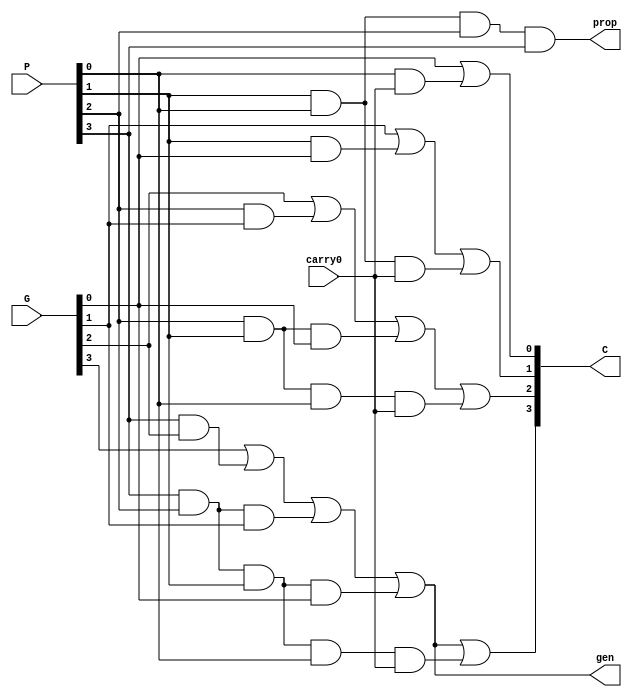
`timescale 1ns / 1ps
//////////////////////////////////////////////////////////////////////////////////
// Company: 
// Engineer: 
// 
// Design Name: 
// Module Name:    Lookahead_Carry_Unit 
// Project Name: 
// Target Devices: 
// Tool versions: 
// Description: 
//
// Dependencies: 
//
// Revision: 
// Revision 0.01 - File Created
// Additional Comments: 
//
//////////////////////////////////////////////////////////////////////////////////
module Lookahead_Carry_Unit(prop, gen, C, P, G, carry0);
	output prop, gen;
	output[3:0] C;
	input[3:0] P, G;
	input carry0;
	// Using formulas to calculate carry lookahead values
	assign C[0] = G[0] | (P[0] & carry0);
	assign C[1] = G[1] | (P[1] & G[0]) | (P[1] & P[0] & carry0);
	assign C[2] = G[2] | (P[2] & G[1]) | (P[2] & P[1] & G[0]) | (P[2] & P[1] & P[0] & carry0);
	assign C[3] = G[3] | (P[3] & G[2]) | (P[3] & P[2] & G[1]) | (P[3] & P[2] & P[1] & G[0]) | (P[3] & P[2] & P[1] & P[0] & carry0);
	// Calculating propogation and generation values
	assign prop = P[0] & P[1] & P[2] & P[3];
	assign gen = G[3] | (P[3] & G[2]) | (P[3] & P[2] & G[1]) | (P[3] & P[2] & P[1] & G[0]);

endmodule